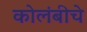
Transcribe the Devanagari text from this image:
कोलंबीचे